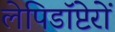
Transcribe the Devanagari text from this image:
लेपिडॉप्टेरों